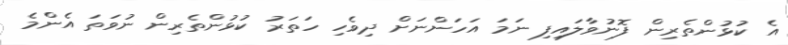
އެ ކުޅުންތެރިން ފޮނުވާލައިފި ނަމަ އަހަންނަށް ދިވެހި ހަތަރު ކުޅުންތެރިން ނުވަތަ އެންމެ